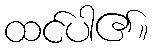
ထင်ပါ၏။